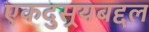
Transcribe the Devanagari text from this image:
एकदुसर्‍यबद्दल